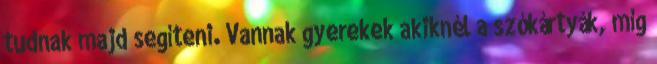
tudnak majd segíteni. Vannak gyerekek akiknél a szókártyák, míg